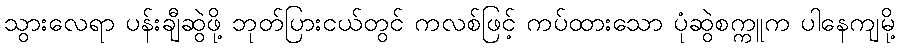
သွားလေရာ ပန်းချီဆွဲဖို့ ဘုတ်ပြားငယ်တွင် ကလစ်ဖြင့် ကပ်ထားသော ပုံဆွဲစက္ကူက ပါနေကျမို့